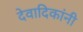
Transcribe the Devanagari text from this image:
देवादिकांनी